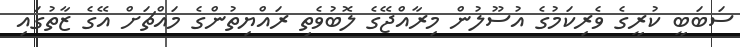
ސަބަބީ ކުރީގެ ވެރިކަމުގެ އުސޫލުން މިރާއްޖޭގެ ލޮބުވެތި ރައްޔިތުންގެ މައްޗަށް އޭގެ ޒާތުގައި